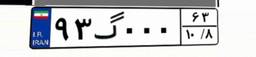
۱۶گ۳۹۵۹۶